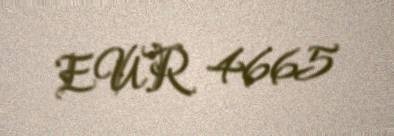
EUR 4665